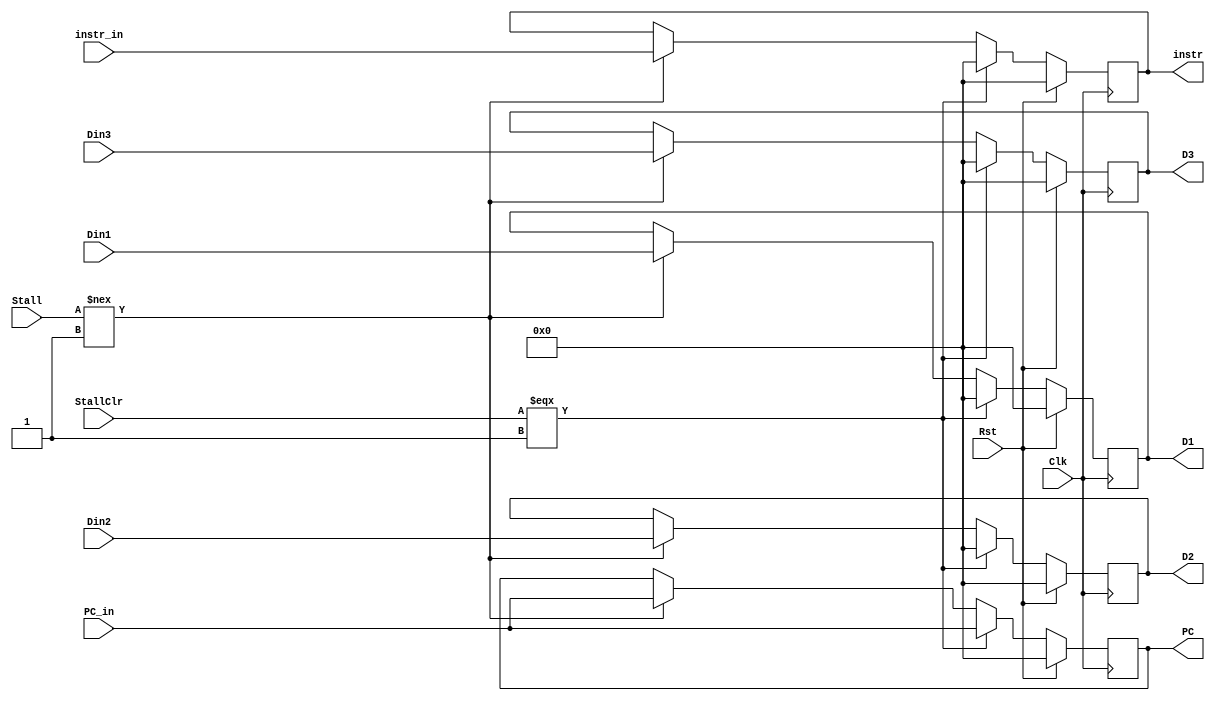
`timescale 1ns / 1ps
//////////////////////////////////////////////////////////////////////////////////
// Company: 
// Engineer: 
// 
// Design Name: 
// Module Name:    StageReg 
// Project Name: 
// Target Devices: 
// Tool versions: 
// Description: 
//
// Dependencies: 
//
// Revision: 
// Revision 0.01 - File Created
// Additional Comments: 
//
//////////////////////////////////////////////////////////////////////////////////
module StageReg(
    input Clk,
    input Rst,
	 input StallClr,
    input Stall,
    input [31:0] PC_in,
    input [31:0] instr_in,
    input [31:0] Din1,
    input [31:0] Din2,
    input [31:0] Din3,
    output reg [31:0] PC,
    output reg [31:0] instr,
    output reg [31:0] D1,
    output reg [31:0] D2,
    output reg [31:0] D3
    );
	initial begin
		PC <= 'h0000_0000;
		instr <= 0;
		D1 <= 0;
		D2 <= 0;
		D3 <= 0;
	end
	always @(posedge Clk) begin
		if (Rst) begin
			PC <= 'h0000_0000;
			instr <= 0;
			D1 <= 0;
			D2 <= 0;
			D3 <= 0;
		end
		else if (StallClr === 1) begin
			PC <= PC_in;
			instr <= 0;
			D1 <= 0;
			D2 <= 0;
			D3 <= 0;
		end
		else if (Stall !== 1) begin
			PC <= PC_in;
			instr <= instr_in;
			D1 <= Din1;
			D2 <= Din2;
			D3 <= Din3;
		end
	end

endmodule